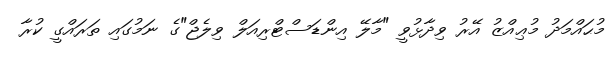
މުޙައްމަދު މުޢިއްޒު އޭރު ވިދާޅުވީ "މާލޭ އިންޑަސްޓްރިއަލް ވިލެޖް"ގެ ނަމުގައި ތަރައްގީ ކުރާ